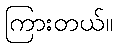
ကြားတယ်။